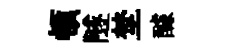
頓隧埜醵